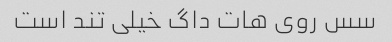
سس روی هات داگ خیلی تند است